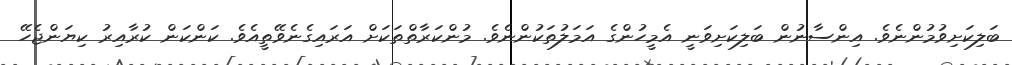
ބަލިކަށިވުމުންނެވެ. އިންސާނުން ބަލިކަށިވަނީ އެމީހުންގެ އަމަލުތަކުންނެވެ. މުންކަރާތްތަކަށް އަރައިގެނެވޭތީއެވެ. ކަންކަން ކުރާއިރު ކިޔަންޖެހޭ